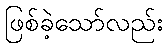
ဖြစ်ခဲ့သော်လည်း